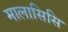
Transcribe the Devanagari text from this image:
मालासिसि